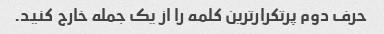
حرف دوم پرتکرارترین کلمه را از یک جمله خارج کنید.